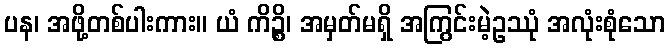
ပန၊ အဖို့တစ်ပါးကား။ ယံ ကိဉ္စိ၊ အမှတ်မရှိ အကြွင်းမဲ့ဥဿုံ အလုံးစုံသော